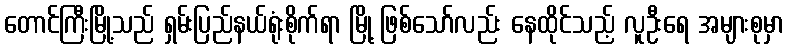
တောင်ကြီးမြို့သည် ရှမ်းပြည်နယ်ရုံးစိုက်ရာ မြို့ ဖြစ်သော်လည်း နေထိုင်သည့် လူဦးရေ အများစုမှာ